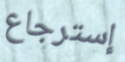
إسترجاع